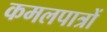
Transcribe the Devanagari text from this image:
कमलपात्रों